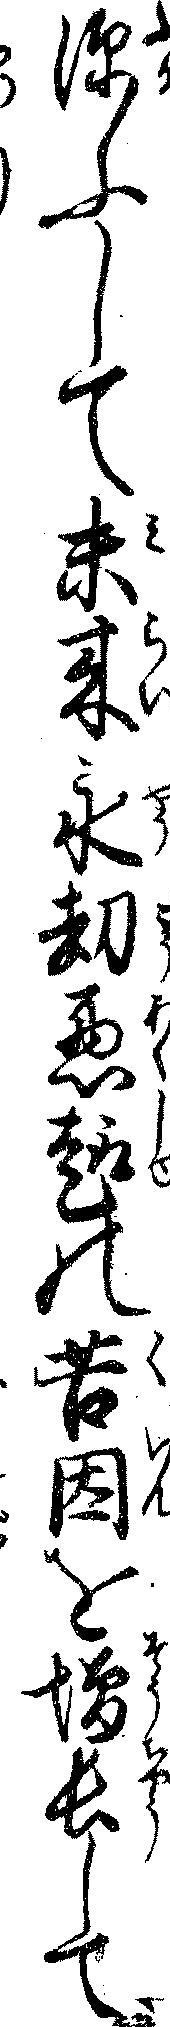
深ふして未来永却悪趣の苦因を増長して